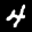
Label: 4